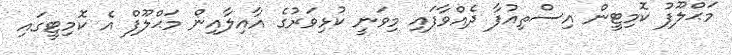
މަޙްލޫފު ކޮމިޓީން އިސްތިއުފާ ދެއްވާފައި މިވަނީ ކުޅިވަރުގެ އާއިލާއިން މަޙްލޫފް އެ ކޮމިޓީގައި